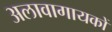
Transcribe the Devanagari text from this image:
अलावागायकों